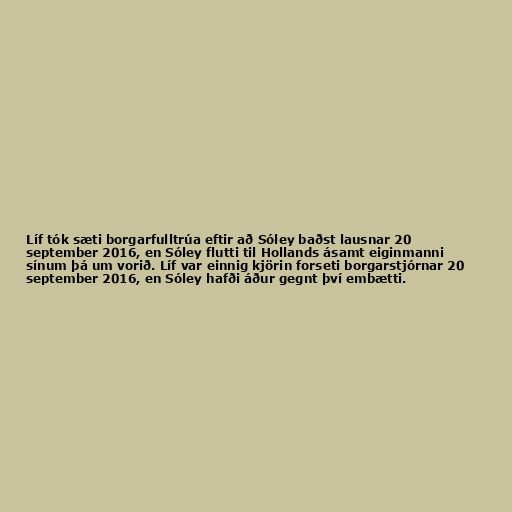
Líf tók sæti borgarfulltrúa eftir að Sóley baðst lausnar 20
september 2016, en Sóley flutti til Hollands ásamt eiginmanni
sínum þá um vorið. Líf var einnig kjörin forseti borgarstjórnar 20
september 2016, en Sóley hafði áður gegnt því embætti.